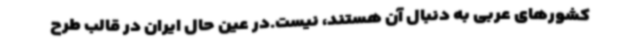
کشورهای عربی به دنبال آن هستند، نیست.در عین حال ایران در قالب طرح